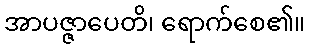
အာပဇ္ဇာပေတိ၊ ရောက်စေ၏။